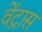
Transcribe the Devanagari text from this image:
वेंट्रास